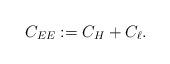
LaTeX: \begin{align*}C_{EE}:=C_H+C_\ell.\end{align*}